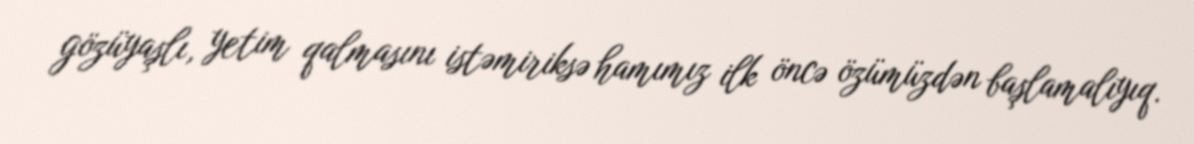
gözüyaşlı, yetim qalmasını istəmiriksə hamımız ilk öncə özümüzdən başlamalıyıq.